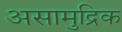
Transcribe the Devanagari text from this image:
असामुद्रिक